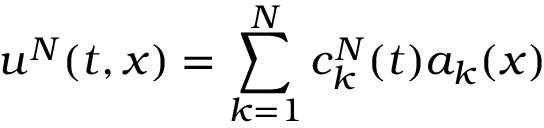
u ^ { N } ( t , x ) = \sum _ { k = 1 } ^ { N } c _ { k } ^ { N } ( t ) a _ { k } ( x )